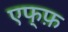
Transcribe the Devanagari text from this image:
एफ्फ़